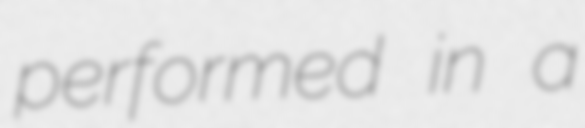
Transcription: performed in a